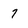
Character: 7